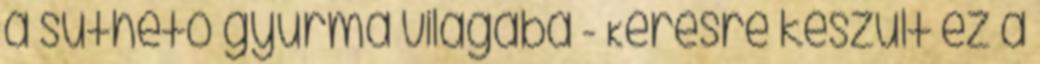
a süthető gyurma világába - Kérésre készült ez a